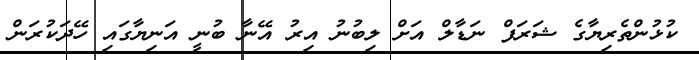
ކުޅުންތެރިޔާގެ ޝަރަފް ނަޑާލް އަށް ލިބުނު އިރު އޭނާ ބުނީ އަނިޔާގައި ހޭދަކުރަން